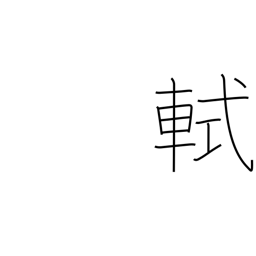
Meaning: front railing on a carriage